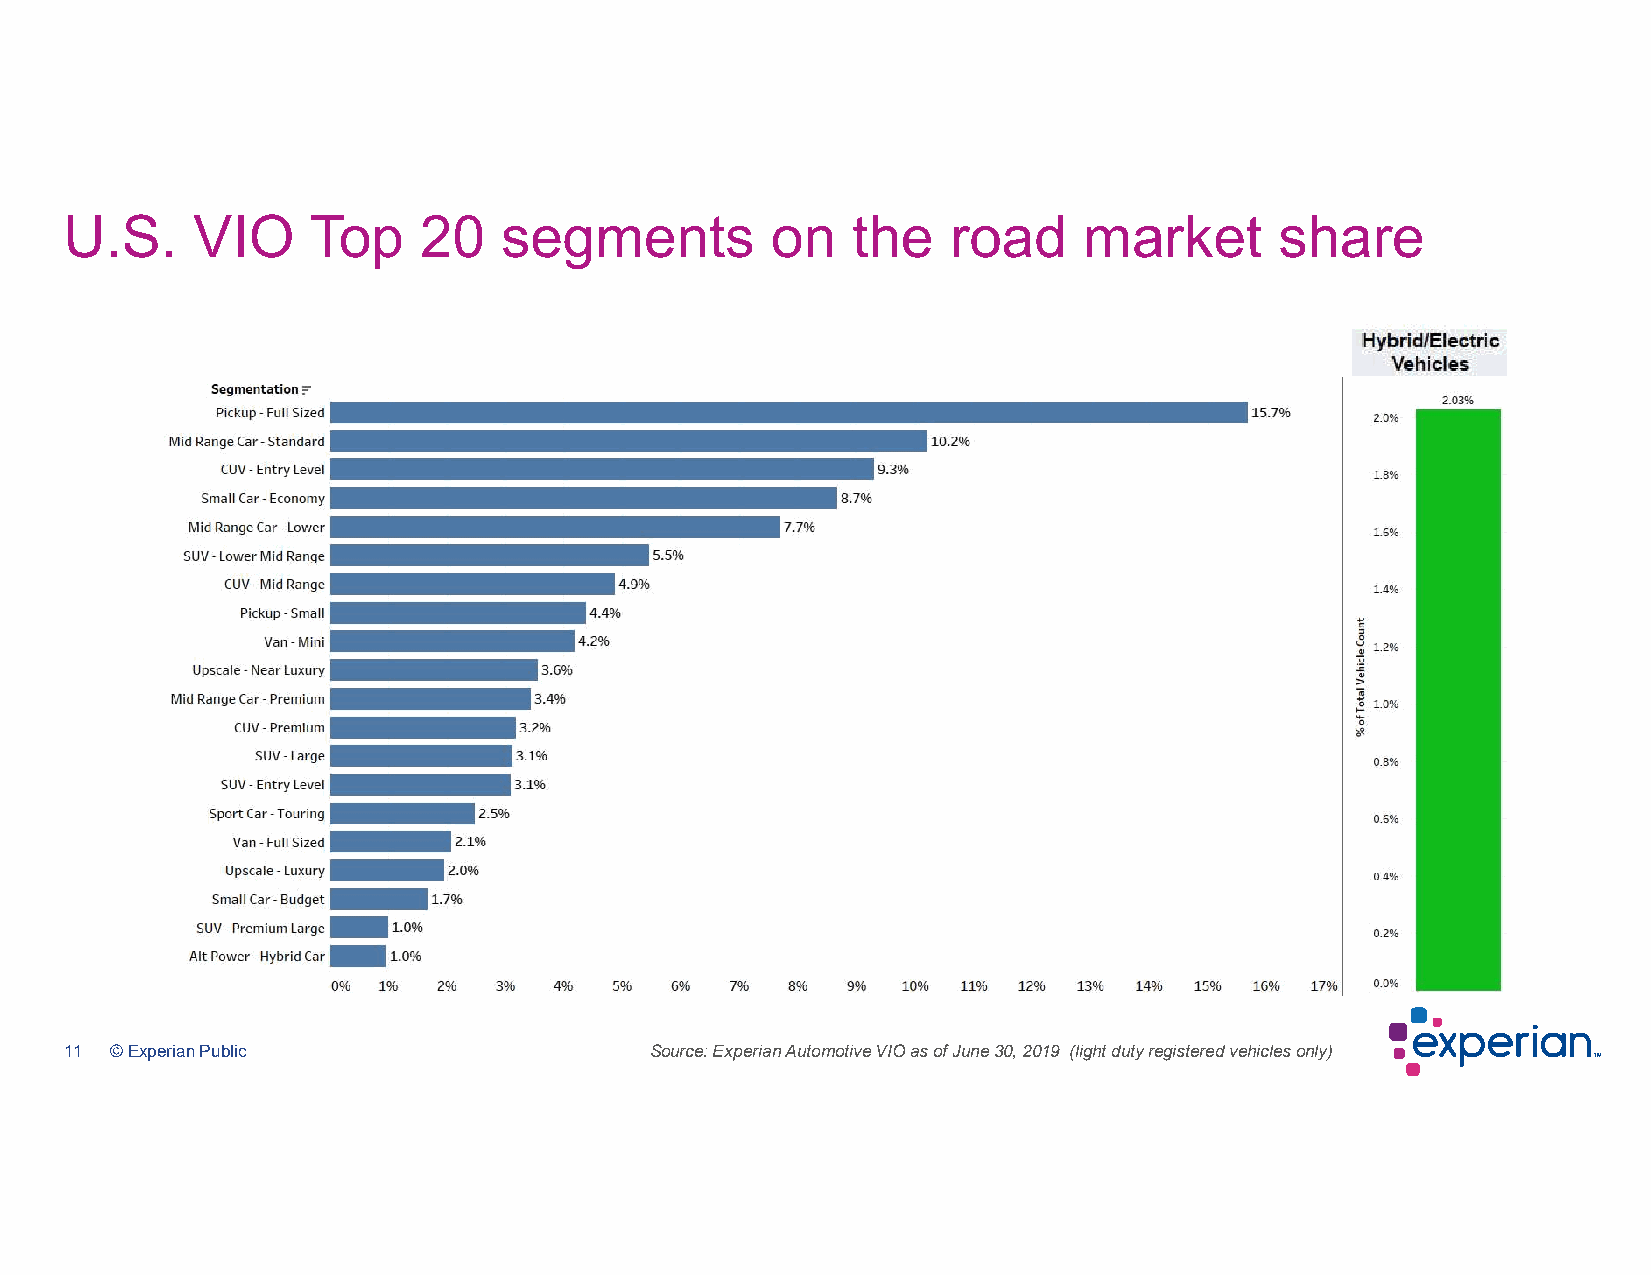
U.S.     VIO    Top     20   segments          on   the    road     market       share
 11 © Experian Public                   Source: Experian Automotive VIO as of June 30, 2019 (light duty registered vehicles only)